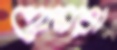
হোমরা